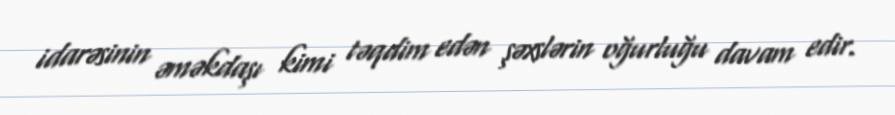
idarəsinin əməkdaşı kimi təqdim edən şəxslərin oğurluğu davam edir.